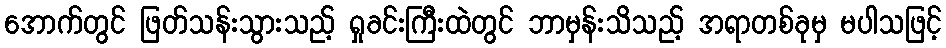
အောက်တွင် ဖြတ်သန်းသွားသည့် ရှုခင်းကြီးထဲတွင် ဘာမှန်းသိသည့် အရာတစ်ခုမှ မပါသဖြင့်